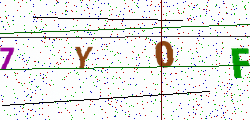
Text: 7Y0F